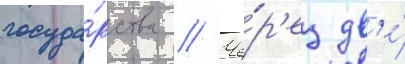
госуда́рства // Че́р'ез дв'е́